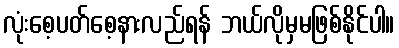
လုံးစေ့ပတ်စေ့နားလည်ရန် ဘယ်လိုမှမဖြစ်နိုင်ပါ။